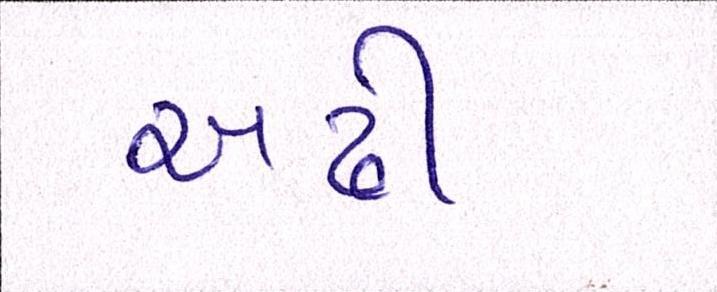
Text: અઢી